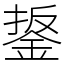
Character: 鋬